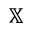
\mathbb { X }